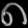
Digit: ၈